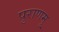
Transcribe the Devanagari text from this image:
पुराणमु